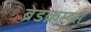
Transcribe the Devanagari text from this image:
ब्रेडक्रम्ब्स